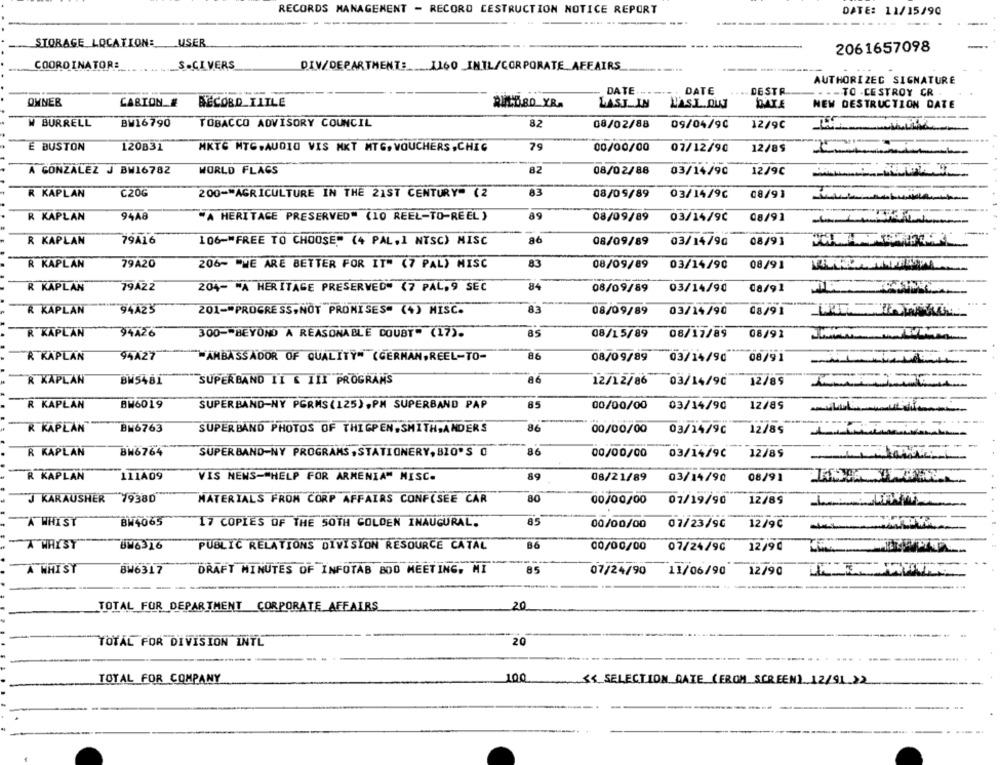
RECORDS MANAGEMENT - RECORD DESTRUCTION NOTICE REPORT
DATE: 11/15/90
-------
STORAGE LOCATION: USER
2061657098
COORDINATOR:
S.CIVERS
DIV/DEPARTMENT :___. 1160 _INTL/CORPORATE_AFFAIRS
AUTHORIZED SIGNATURE
DATE
DATE
DESTR
..- TO -CESTROY CR
OWNER
CARION #
BECORD_TITLE
LASJ_IN
LASI OW
NEW DESTRUCTION DATE
W BURRELL
8.2
BW16790
TOBACCO ADVISORY COUNCIL
08/02/88
09/04/90
12/9C
79
E BUSTON
120831
MKTG MTC.AUDIO VIS MKT MTG, VOUCHERS,CHIC
00/00/00
07/12/90
12/85
82
A GONZALEZ J BW16782
WORLD FLAGS
08/02/88
03/14/90
12/9C
-
C20G
83
R KAPLAN
200-"AGRICULTURE IN THE 21ST CENTURY" (2
08/09/89
03/14/9C
08/91
-
89
R KAPLAN
94A8
"A HERITAGE PRESERVED" (10 REEL-TO-REEL )
08/09/89
03/14/90
08/91
--
-
R KAPLAN
79416
106-"FREE TO CHOOSE" (4 PAL. 1 NTSC) MISC
86
08/09/89
03/14/90
08/91
R KAPLAN
79A20
206~ "WE ARE BETTER FOR IT" (7 PAL) MISC
83
08/09/89
03/14/90
08/91
R KAPLAN
79A22
204- "À HERITAGE PRESERVED" (7 PAL, 9 SEC
84
08/09/89
03/14/90
08/91
R KAPLAN
94A25
201 -= PROGRESS,NOT PROMISES" (+) MISC.
83
08/09/89
03/14/90
08/91
R KAPLAN
94426
300 -- BEYOND A REASONABLE DOUBT" (17).
85
08/15/89
08/17/89
08/91
R KAPLAN
94427
"AMBASSADOR OF QUALITY" (GERMAN,REEL-TO-
86
08/09/89
03/14/90
08/91
R KAPLAN
BW5481
SUPERBAND İI & IIX PROGRANS
86
12/12/86 03/14/96
12/89
R KAPLAN
BW6019
SUPERBAND-NY PGRMS (125), PM SUPERBAND PAP
85
00/00/00
12/85
03/14/90
R KAPLAN"
BN6763
SUPER BAND PHOTOS OF THIGPEN.SMITH,ANDERS
86
00/00/00 03/14/96
12/85
BW6764
86
R KAPLAN
SÜPERBAND-NY PROGRAMS, STATIONERY, BIO'S 0
00/00/00
03/14/90
12/89
R KAPLAN
111A09
VIS NENS-"HELP FOR ARMENIA" MISC.
89
08/21/89 03/14/90
08/91
80
J KARAUSHER
79380
MATERIALS FROM CORP AFFAIRS CONF(SEE CAR
00/00/00
07/19/90
12/89
-
85
A WHIST
BW4065
17 COPIES OF THE SOTH GOLDEN INAUGURAL.
00/00/00
07/23/9C
12/9℃
---
A WAYSY
UM6316
PUBLIC RELATIONS DIVISION RESOURCE CATAL
B6
00/00/00
07/24/90
12/90
A WHIST
8 6317
DRAFT MINUTES OF INFOTAB 800 MEETING, MI
85
07/24/90
11/06/90
12790
----
TOTAL FOR DEPARTMENT CORPORATE AFFAIRS
20
TOTAL FOR DIVISION INTL
20
---.... .
TOTAL FOR COMPANY
100
<< SELECTION_DATE ( FROM_SCREEN)_12/91>2